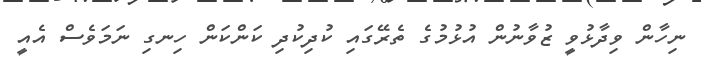
ނިހާން ވިދާޅުވީ ޒުވާނުން އުޅުމުގެ ތެރޭގައި ކުދިކުދި ކަންކަން ހިނގި ނަމަވެސް އެއީ